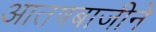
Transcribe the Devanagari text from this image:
आतषबाजीने